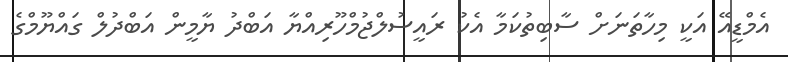
އެމްޑީއޭ އަކީ މިހާތަނަށް ސާބިތުކަމާ އެކު ރައީސުލްޖުމްހޫރިއްޔާ އަބްދު ޔާމީން އަބްދުލް ގައްޔޫމްގެ